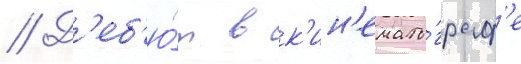
// Д'еб'ю́т в к'ин'емато́граф'е